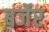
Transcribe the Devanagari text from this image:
बर्जेर